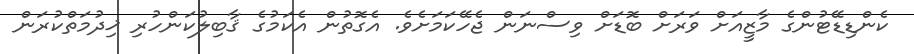
ކެންޑިޑޭޓުންގެ މާޒީއަށް ވަރަށް ބޮޑަށް ވިސްނަން ޖެހޭކަމަށެވެ. އެގޮތުން އެކަމުގެ ޤާބިލުކަންހުރި ޚިދުމަތްކުރަން